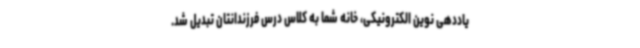
یاددهی نوین الکترونیکی، خانه شما به کلاس درس فرزندانتان تبدیل شد.